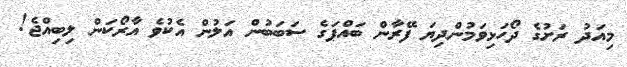
މިއަދު ރަށުގެ ދޯހަޅިވަމުންދިޔަ ފޭރާން ބައްޕަގެ ސަބަބުން އަލުން އެކުވެ އާރޯކަން ލިބިއްޖެ!